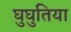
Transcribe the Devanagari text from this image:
घुघुतिया